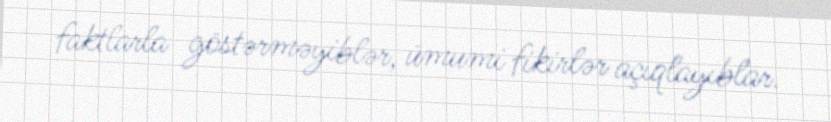
faktlarla göstərməyiblər, ümumi fikirlər açıqlayıblar.